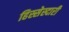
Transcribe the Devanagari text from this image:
हिस्सेस्दारी